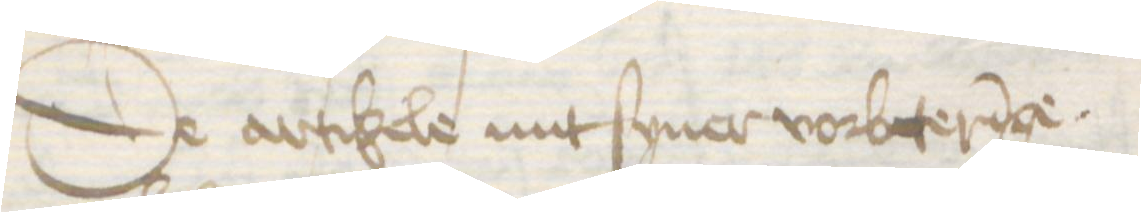
De artikele mit syner vorbeteringe.